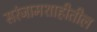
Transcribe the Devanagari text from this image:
सरंजामशाहीतील